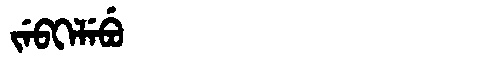
Manchu: ᠵᡝᠪᡴᡝᠯᡝᠪᡠ
Romanization: JEBKELEBU